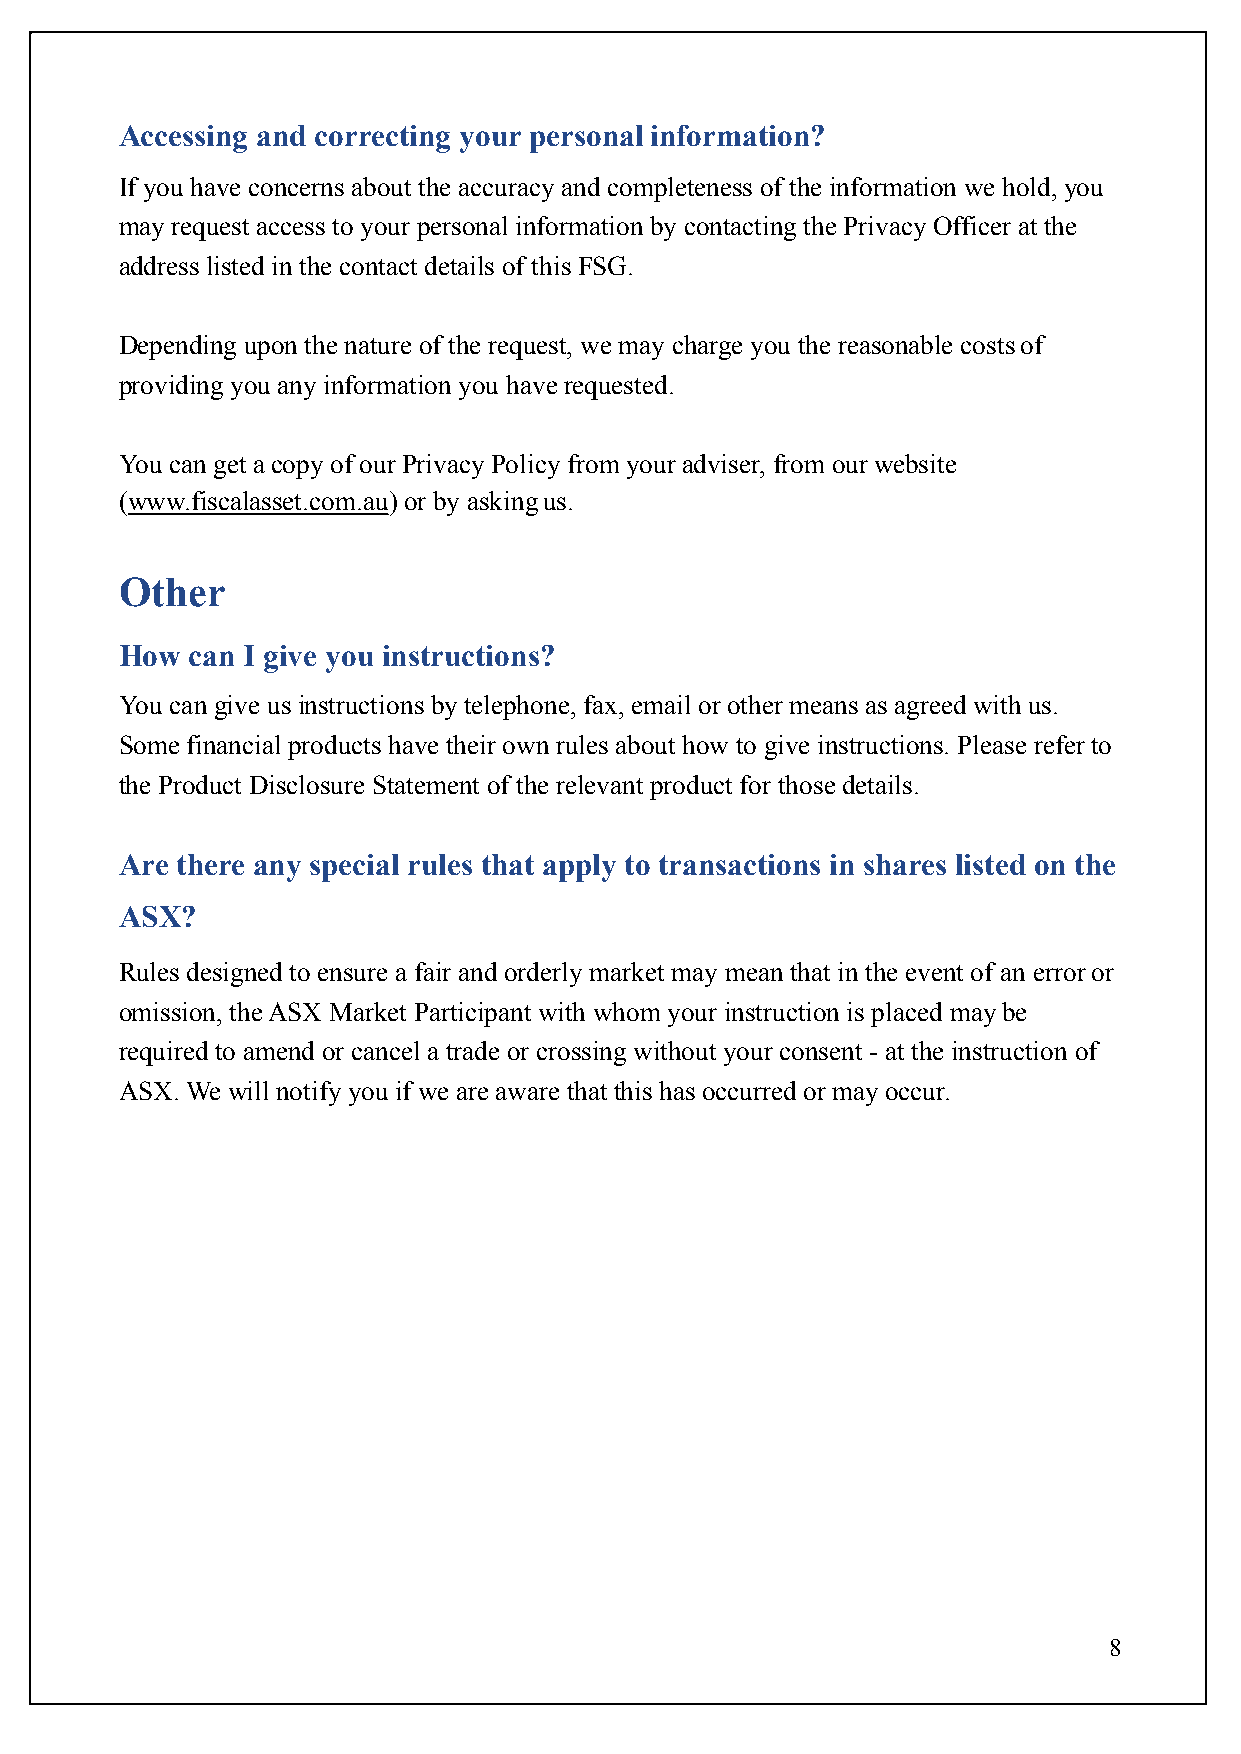
Accessing and correcting your personal information?
 If you have concerns about the accuracy and completeness of the information we hold, you
 may request access to your personal information by contacting the Privacy Officer at the
 address listed in the contact details of this FSG.
 Depending upon the nature of the request, we may charge you the reasonable costs of
 providing you any information you have requested.
 You can get a copy of our Privacy Policy from your adviser, from our website
 (www.fiscalasset.com.au) or by asking us.
 Other
 How  can I give you instructions?
 You can give us instructions by telephone, fax, email or other means as agreed with us.
 Some financial products have their own rules about how to give instructions. Please refer to
 the Product Disclosure Statement of the relevant product for those details.
 Are there any special rules that apply to transactions in shares listed on the
 ASX?
 Rules designed to ensure a fair and orderly market may mean that in the event of an error or
 omission, the ASX Market Participant with whom your instruction is placed may be
 required to amend or cancel a trade or crossing without your consent - at the instruction of
 ASX. We will notify you if we are aware that this has occurred or may occur.
 8